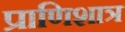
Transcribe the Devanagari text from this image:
प्राणिशात्र